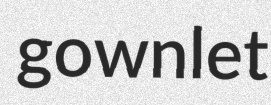
gownlet